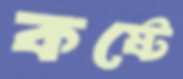
কষ্টে